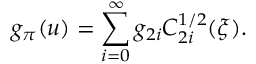
g _ { \pi } ( u ) = \sum _ { i = 0 } ^ { \infty } g _ { 2 i } C _ { 2 i } ^ { 1 / 2 } ( \xi ) .